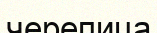
черепица